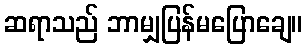
ဆရာသည် ဘာမျှပြန်မပြောချေ။